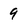
Character: 9